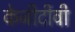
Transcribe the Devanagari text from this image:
केजीटीवी